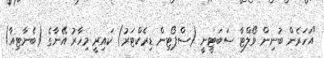
"އަހަރެން ބުނިން ވޯލްޓާ ސަބަޓީނީ (ސްޕޯޓިން ޑިރެކްޓަރު) ކައިރީ މިހާރު އޭނާގެ (ބެނާޓިއާ)